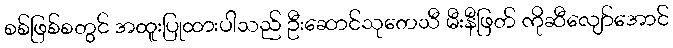
စစ်ဖြစ်စတွင် အထူးပြုထားပါသည် ဦးဆောင်သုတေသီ မီးနီဖြတ် ကိုဆီလျော်အောင်